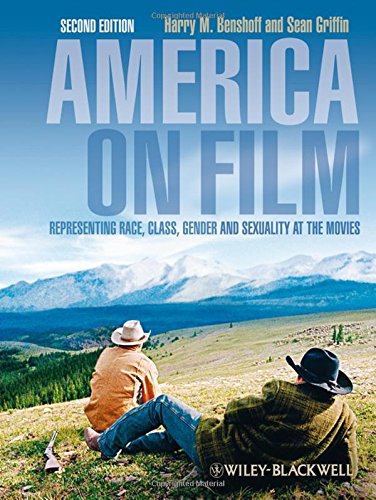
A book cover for America on Film: Representing Race, Class, Gender, and Sexuality at the Movies, Second Edition; Harry M. Benshoff; Humor & Entertainment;